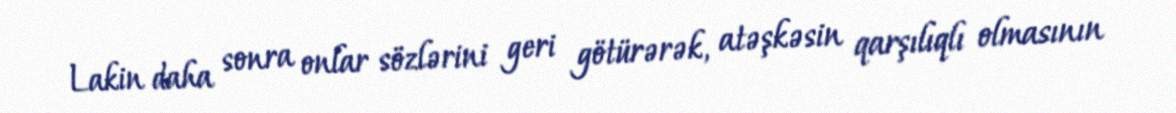
Lakin daha sonra onlar sözlərini geri götürərək, atəşkəsin qarşılıqlı olmasının